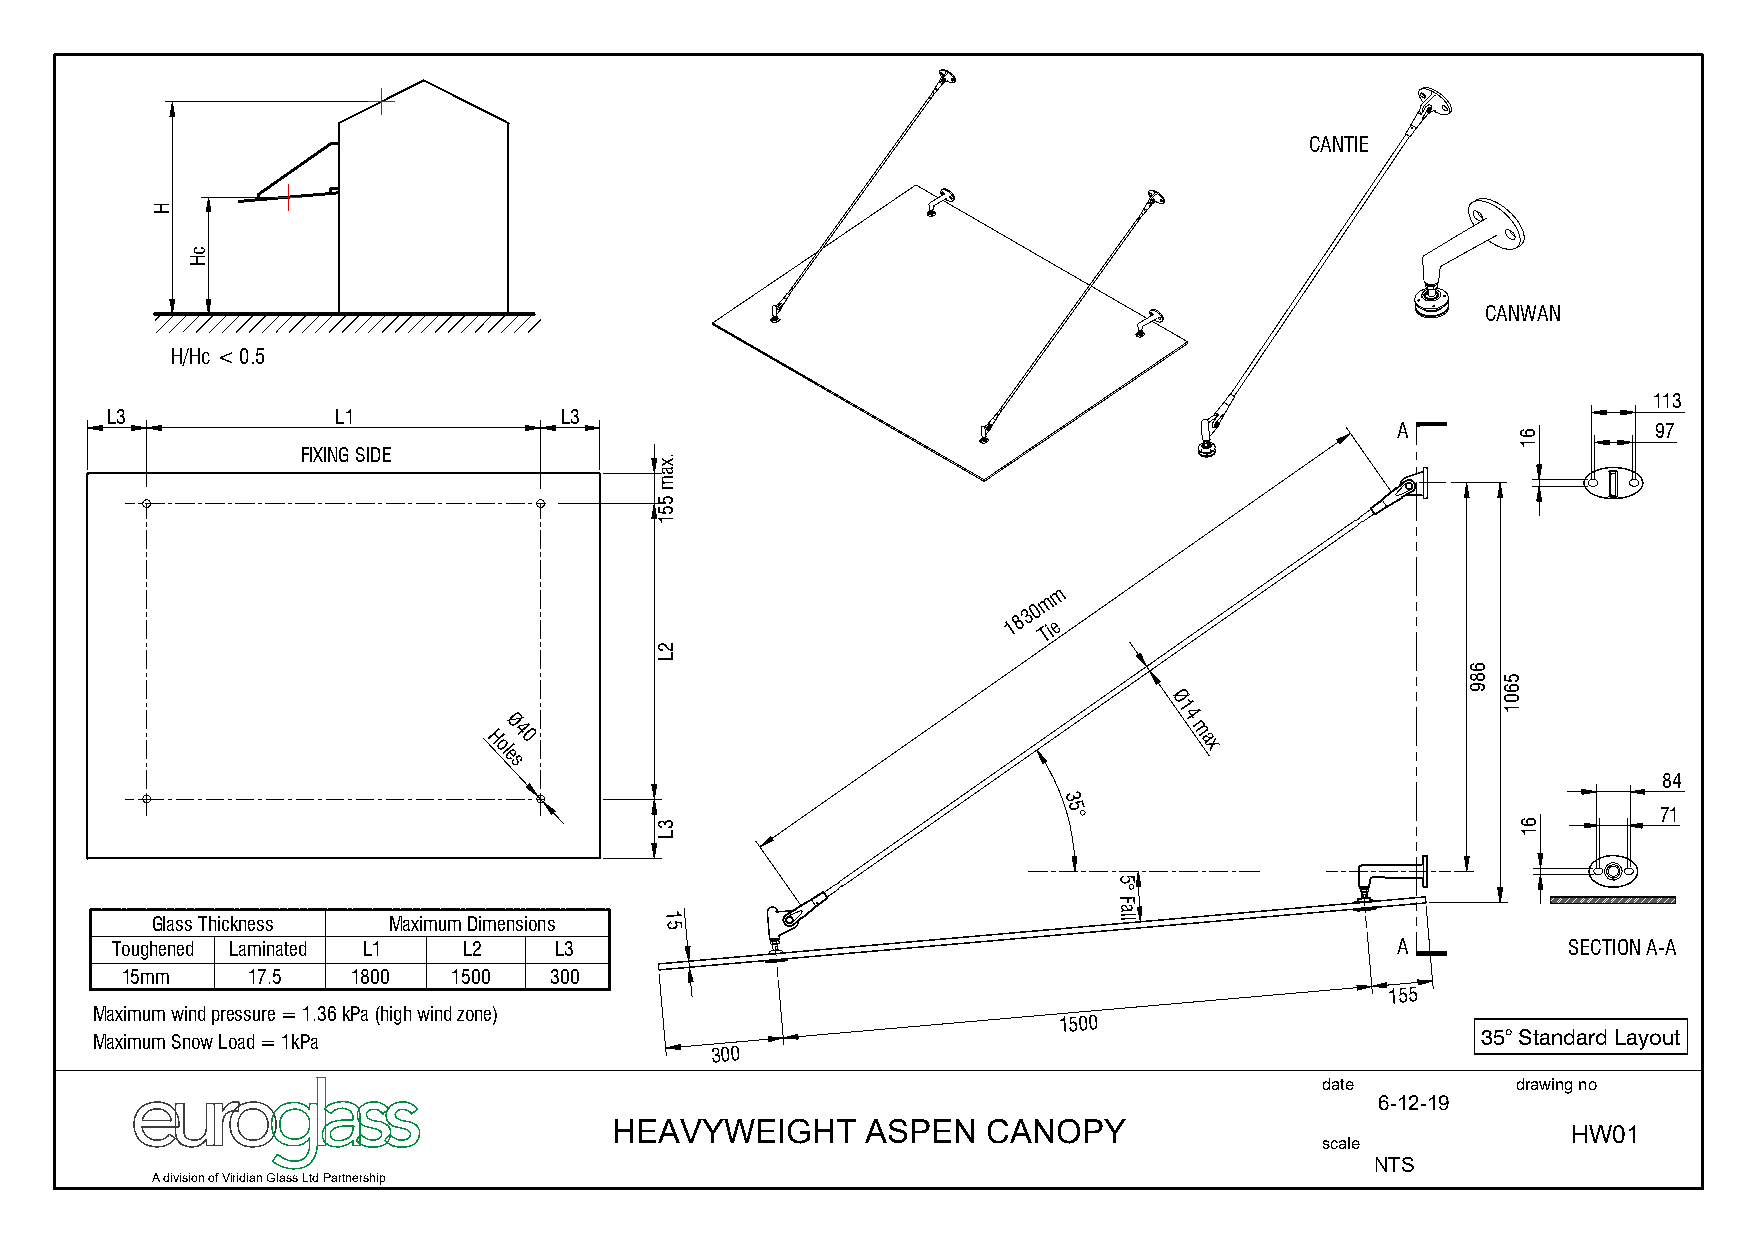
CANTIE
 CANWAN
 H/Hc < 0.5
 113
 L3             L1             L3
 A                 97
 FIXING SIDE
 m
 m
 1830
 Tie
 Ø
 1
 Ø
 4
 H4 0                                           m a
 ol                                             x
 e
 s
 84
 3
 5                                       71
 °
 5
 °
 F
 a
 Glass Thickness Maximum Dimensions 1 5                          ll
 Toughened Laminated L1  L2    L3                                                     A           SECTION A-A
 15mm    17.5   1800   1500  300
 155
 Maximum wind pressure = 1.36 kPa (high wind zone)
 1500
 Maximum Snow Load = 1kPa                                                                    35° Standard Layout
 300
 date         drawing no
 6-12-19
 HEAVYWEIGHT     ASPEN   CANOPY                                 HW01
 scale
 NTS
 A division of Viridian Glass Ltd Partnership
 H
 cH
 .xam
 551
 2L
 3L
 689
 5601
 61
 61